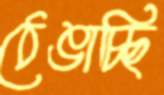
ঠেঙাচ্ছি